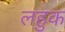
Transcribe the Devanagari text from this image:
लहुक